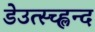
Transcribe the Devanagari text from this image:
डेउत्स्च्ह्लन्द